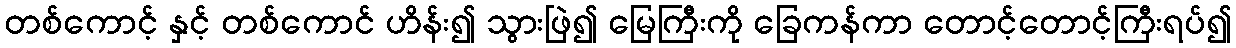
တစ်ကောင့် နှင့် တစ်ကောင် ဟိန်း၍ သွားဖြဲ၍ မြေကြီးကို ခြေကန်ကာ တောင့်တောင့်ကြီးရပ်၍